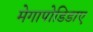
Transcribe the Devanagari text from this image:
मेगापोडिडाए